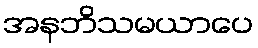
အနဘိသမယာပေ